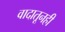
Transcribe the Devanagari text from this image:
वादातूनही